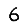
Digit: 6